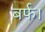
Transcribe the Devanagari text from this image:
बर्फ।